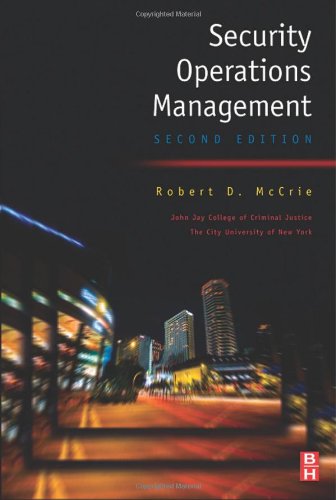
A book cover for Security Operations Management, Second Edition; Robert McCrie Professor and Chair  Law  Police Science and Criminal Justice Administration  John Jay College of Criminal Justice  City University of New York; Business & Money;